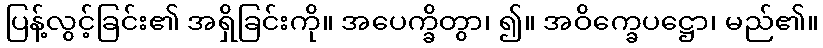
ပြန့်လွင့်ခြင်း၏ အရှိခြင်းကို။ အပေက္ခိတွာ၊ ၍။ အဝိက္ခေပဋ္ဌော၊ မည်၏။